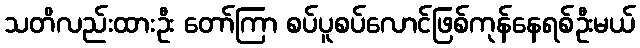
သတိလည်းထားဦး တော်ကြာ စပ်ပူစပ်လောင်ဖြစ်ကုန်နေရစ်ဦးမယ်